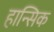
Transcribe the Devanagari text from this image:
हान्सिक